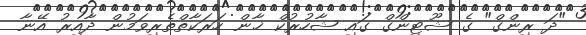
"ދަ ރިންގް" ގެ ޝޫޓިންގް ގައި ޝާހުރުކް ޚާން ހަރަކާތްތެރިވަމުން ދާއިރު އޭނާ